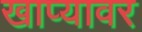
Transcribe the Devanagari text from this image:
खाप्यावर